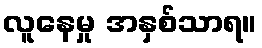
လူနေမှု အနှစ်သာရ။